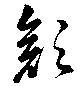
顏